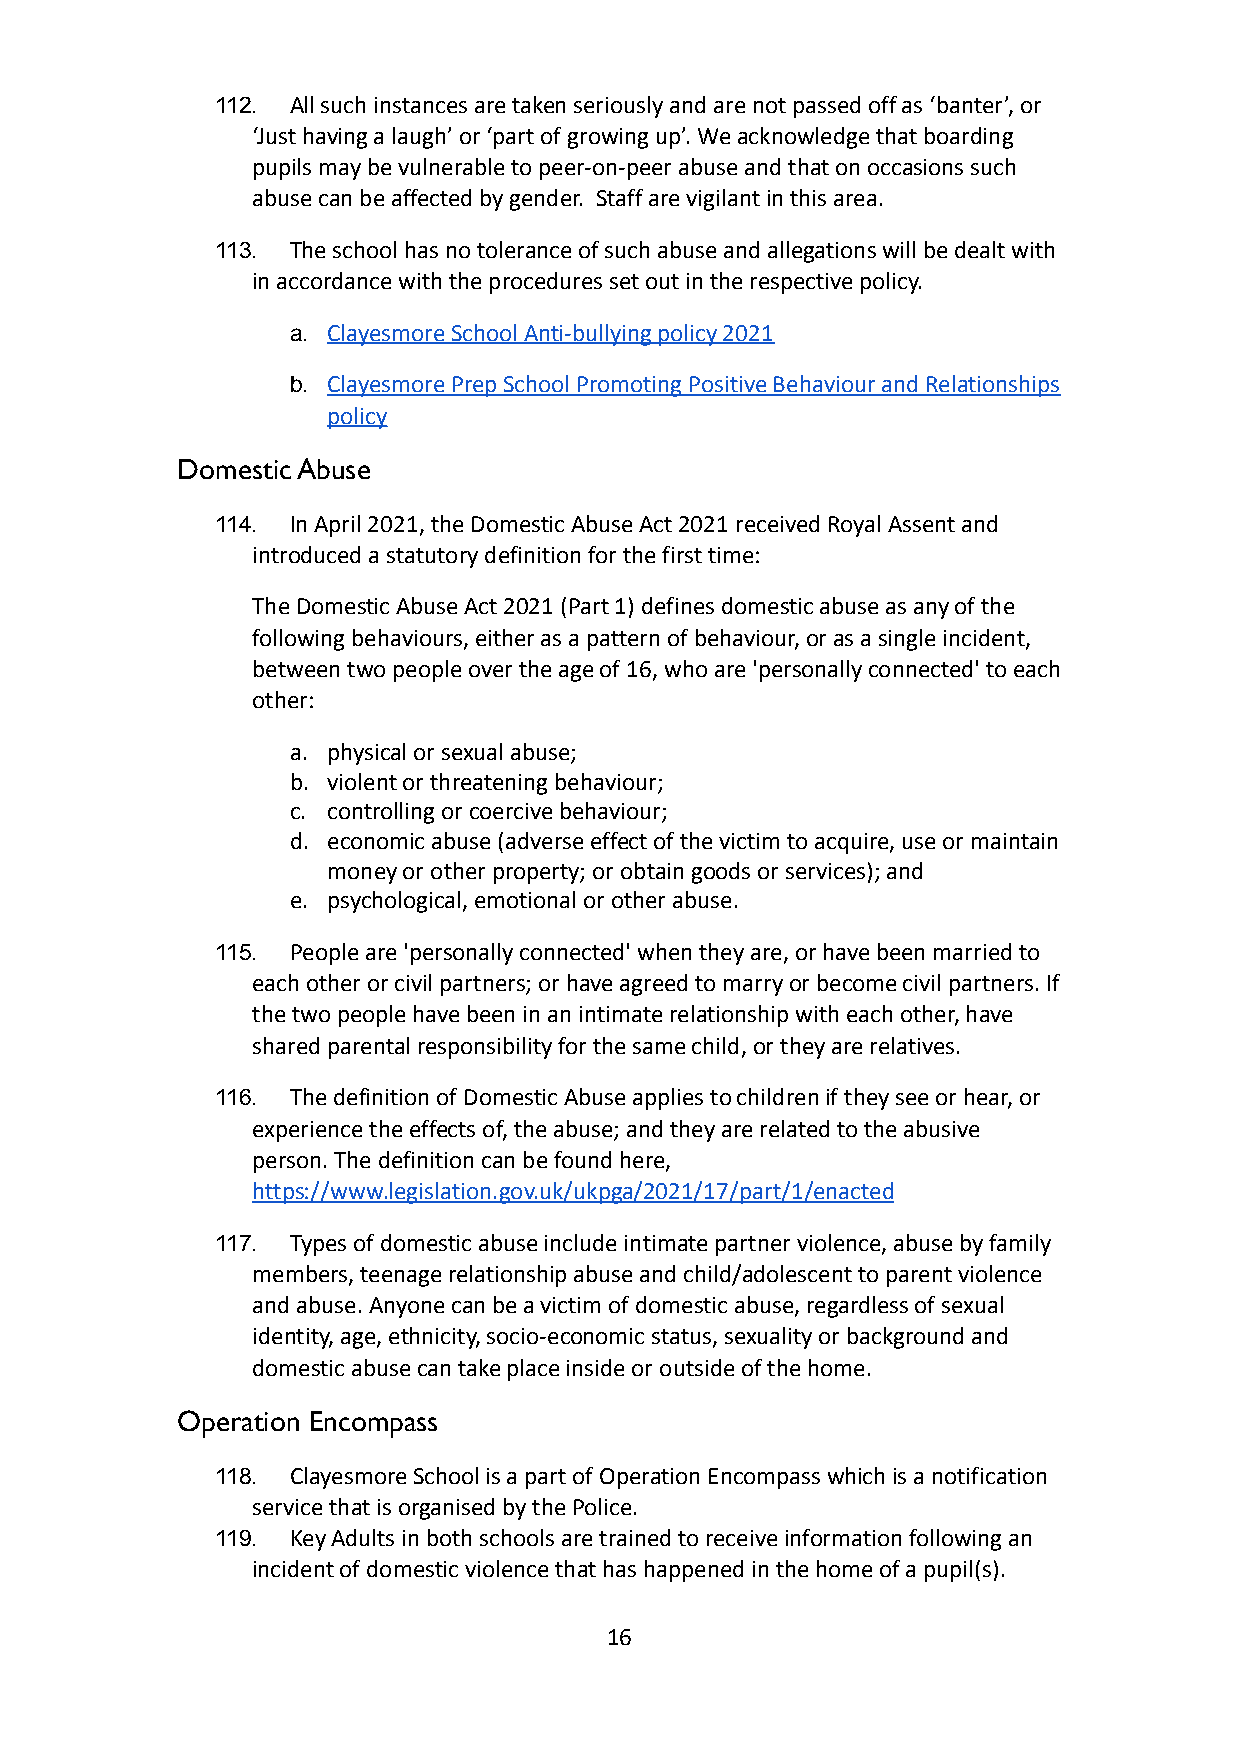
112. All such instances are taken seriously and are not passed off as ‘banter’, or
 ‘Just having a laugh’ or ‘part of growing up’. Weacknowledge that boarding
 pupils may be vulnerable to peer-on-peer abuse andthat on occasions such
 abuse can be affected by gender. Staff are vigilantin this area.
 113. The school has no tolerance of such abuse and allegationswill be dealt with
 in accordance with the procedures set out in the respectivepolicy.
 a. Clayesmore School Anti-bullying policy 2021
 b. Clayesmore Prep School Promoting Positive Behaviourand Relationships
 policy
 Domestic Abuse
 114. In April 2021, the Domestic Abuse Act 2021 receivedRoyal Assent and
 introduced a statutory definition for the first time:
 The Domestic Abuse Act 2021 (Part 1) defines domesticabuse as any of the
 following behaviours, either as a pattern of behaviour,or as a single incident,
 between two people over the age of 16, who are 'personallyconnected' to each
 other:
 a. physical or sexual abuse;
 b. violent or threatening behaviour;
 c. controlling or coercive behaviour;
 d. economic abuse (adverse effect of the victim to acquire,use or maintain
 money or other property; or obtain goods or services);and
 e. psychological, emotional or other abuse.
 115. People are 'personally connected' when they are, orhave been married to
 each other or civil partners; or have agreed to marryor become civil partners. If
 the two people have been in an intimate relationshipwith each other, have
 shared parental responsibility for the same child,or they are relatives.
 116. The definition of Domestic Abuse applies to childrenif they see or hear, or
 experience the effects of, the abuse; and they arerelated to the abusive
 person. The definition can be found here,
 https://www.legislation.gov.uk/ukpga/2021/17/part/1/enacted
 117. Types of domestic abuse include intimate partner violence,abuse by family
 members, teenage relationship abuse and child/adolescentto parent violence
 and abuse. Anyone can be a victim of domestic abuse,regardless of sexual
 identity, age, ethnicity, socio-economic status, sexualityor background and
 domestic abuse can take place inside or outside ofthe home.
 Operation Encompass
 118. Clayesmore School is a part of Operation Encompasswhich is a notification
 service that is organised by the Police.
 119. Key Adults in both schools are trained to receiveinformation following an
 incident of domestic violence that has happened inthe home of a pupil(s).
 16